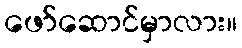
ဖော်ဆောင်မှာလား။